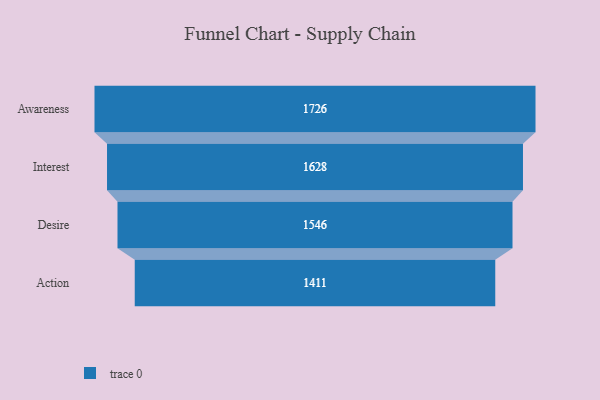
{"axis": {"x": "Stage", "y": "Value"}, "legend": [""], "data": [{"x": "Awareness", "y": 1726.0, "type": ""}, {"x": "Interest", "y": 1628.0, "type": ""}, {"x": "Desire", "y": 1546.0, "type": ""}, {"x": "Action", "y": 1411.0, "type": ""}]}